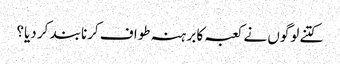
کتنے لوگوں نے کعبہ کا برہنہ طواف کرنا بند کر دیا؟